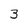
Character: 3